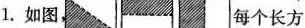
1.如图， 每个长方